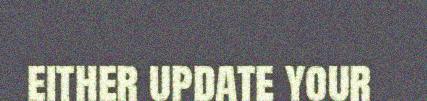
either update your